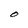
Character: O